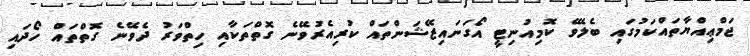
ޖަމްޢިއްޔާތައްކަމުގައި ބެލެވޭ ކޮމިއުނިޓީ އޯގަނައިޒޭޝަންތައް ކުރިއެރުވޭނެ ގޮތްތަކާއި ހިތްވަރު ދެވޭނެ ގޮތްތައް ހޯދައި